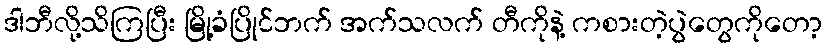
ဒါဘီလို့သိကြပြီး မြို့ခံပြိုင်ဘက် အက်သလက် တီကိုနဲ့ ကစားတဲ့ပွဲတွေကိုတော့